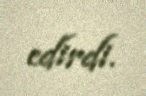
edirdi.